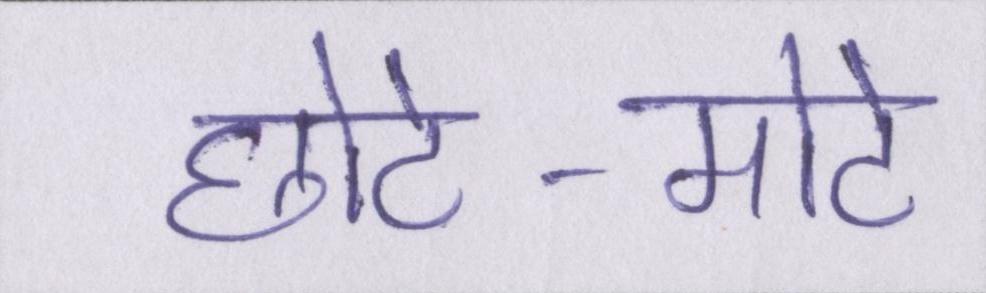
छोटे-मोटे